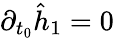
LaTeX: \partial_{t_{0}}\hat{h}_{1}=0